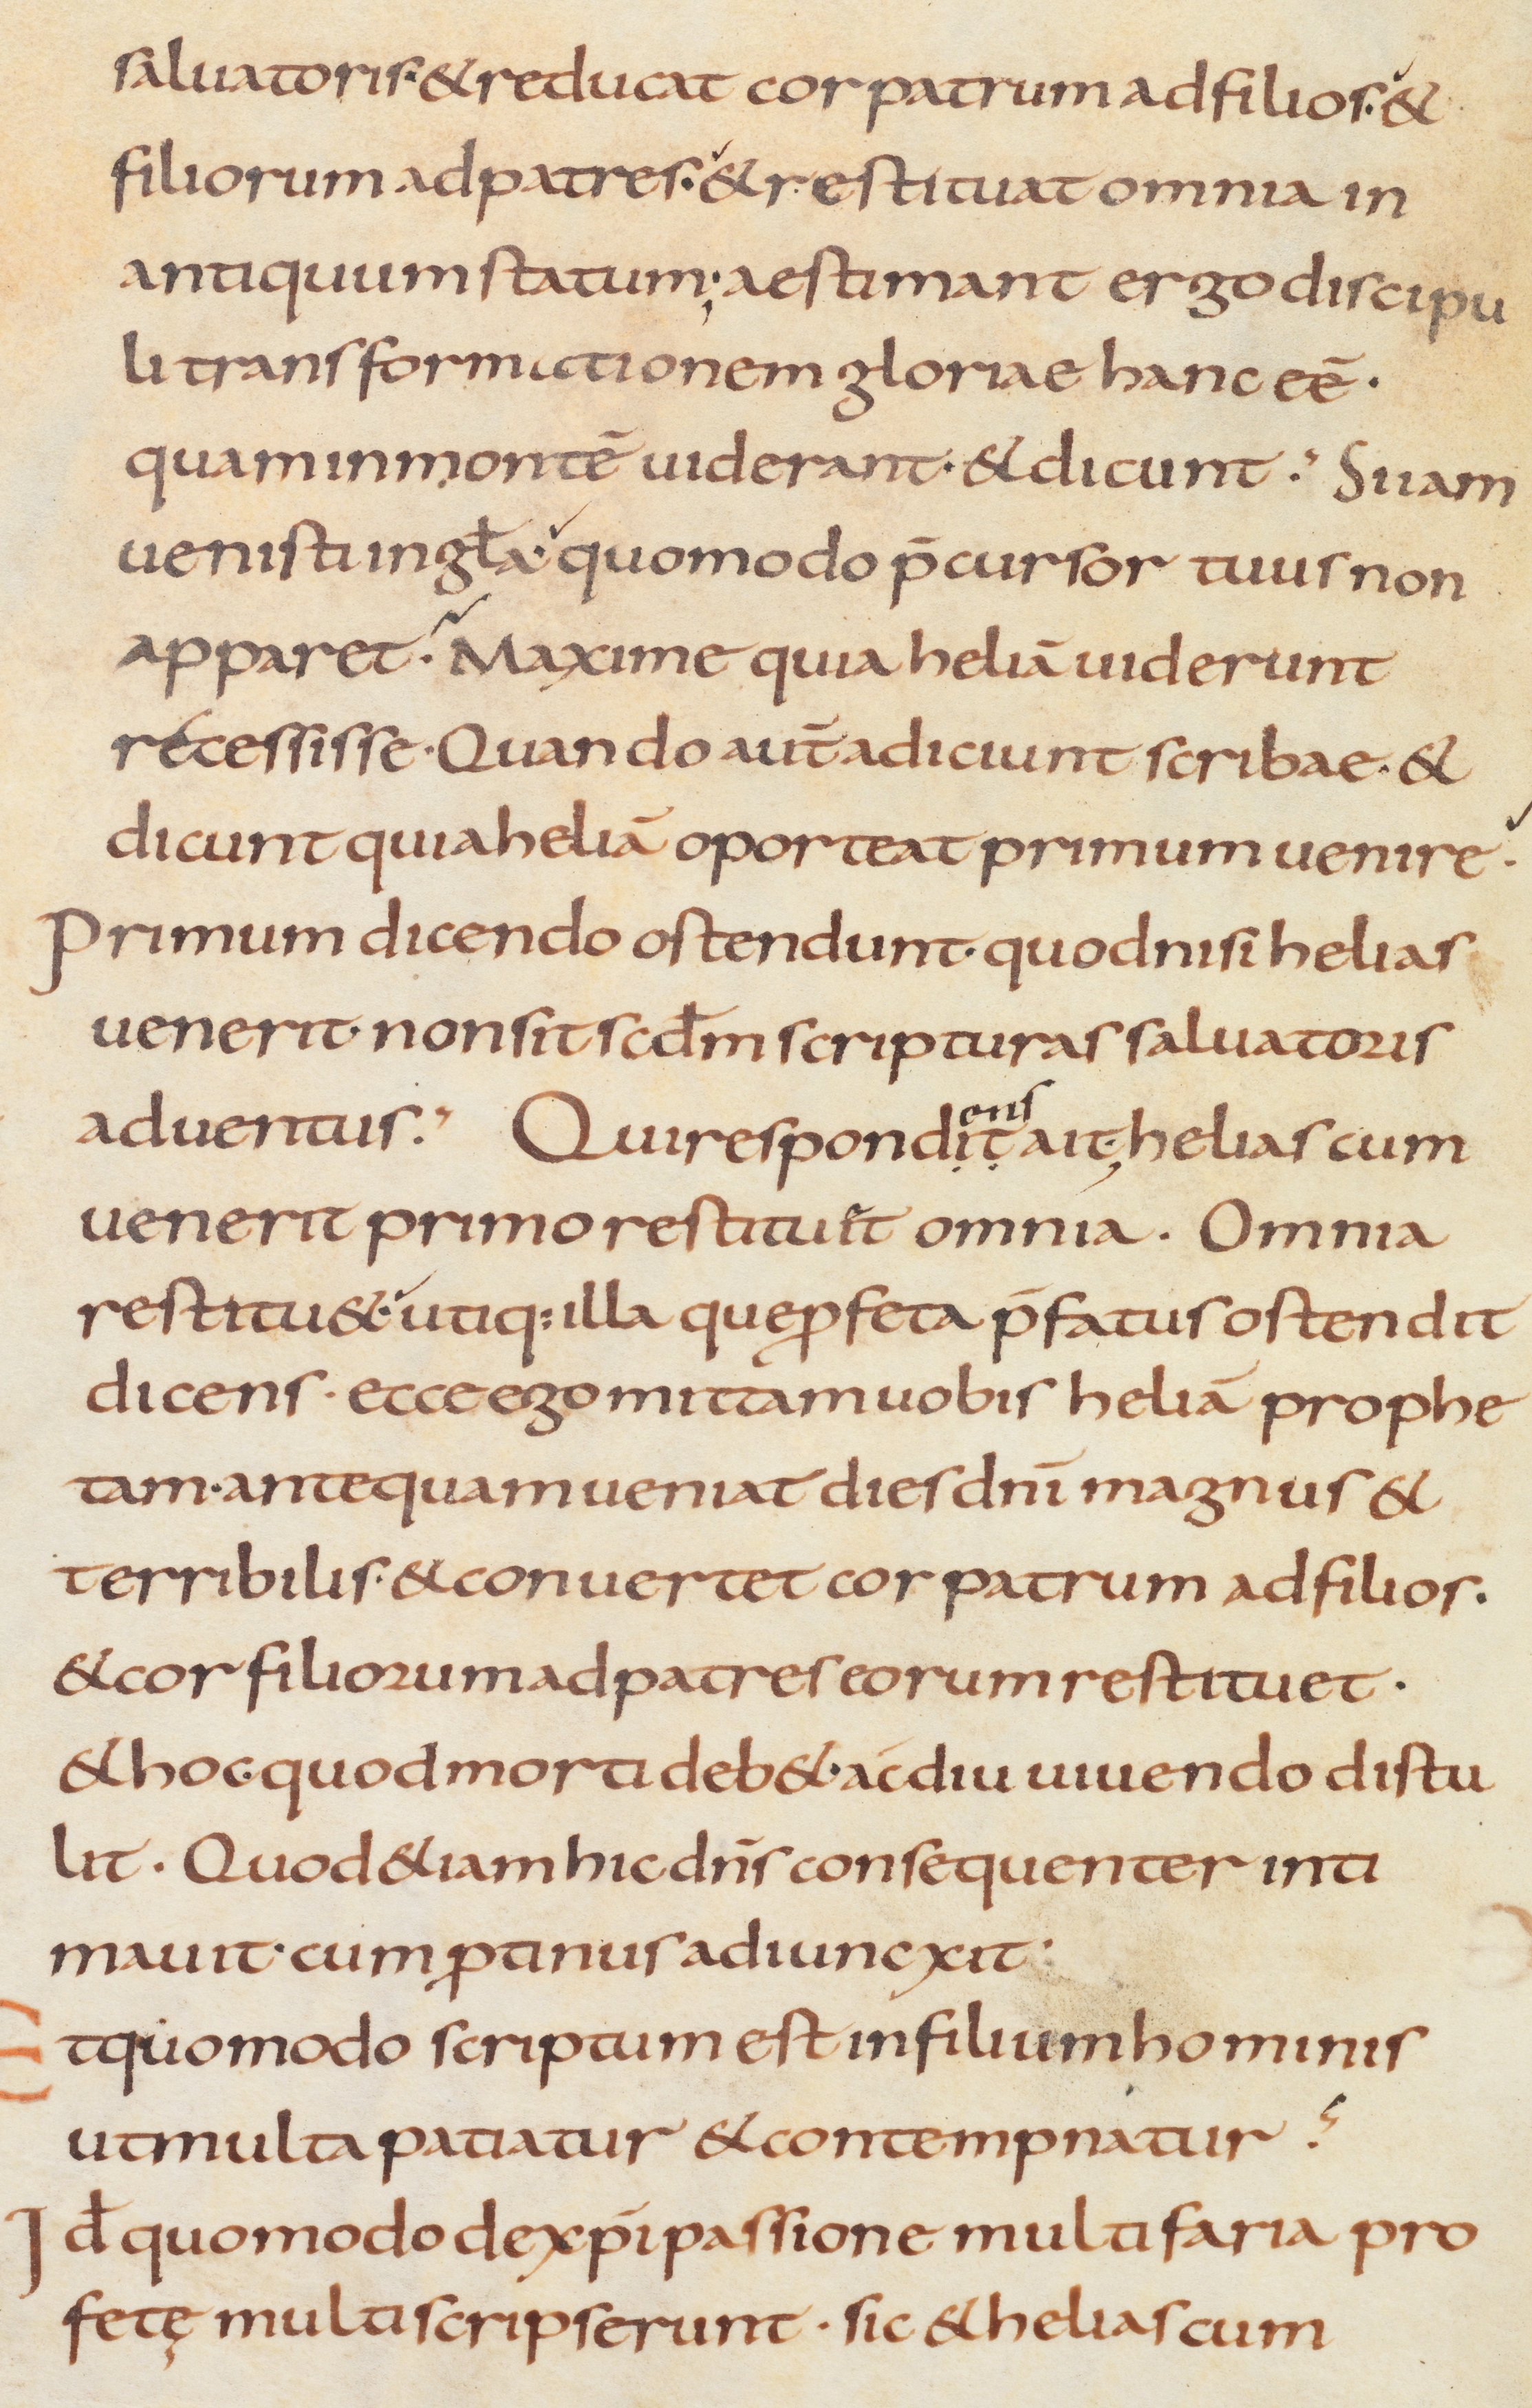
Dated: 800–999